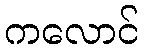
ကလောင်